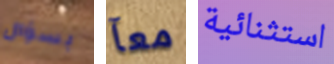
بسؤال معآ استثنائية